Civil Veterinary Department Bengal reports 1923-33 - 1923-1933
Year: 1923
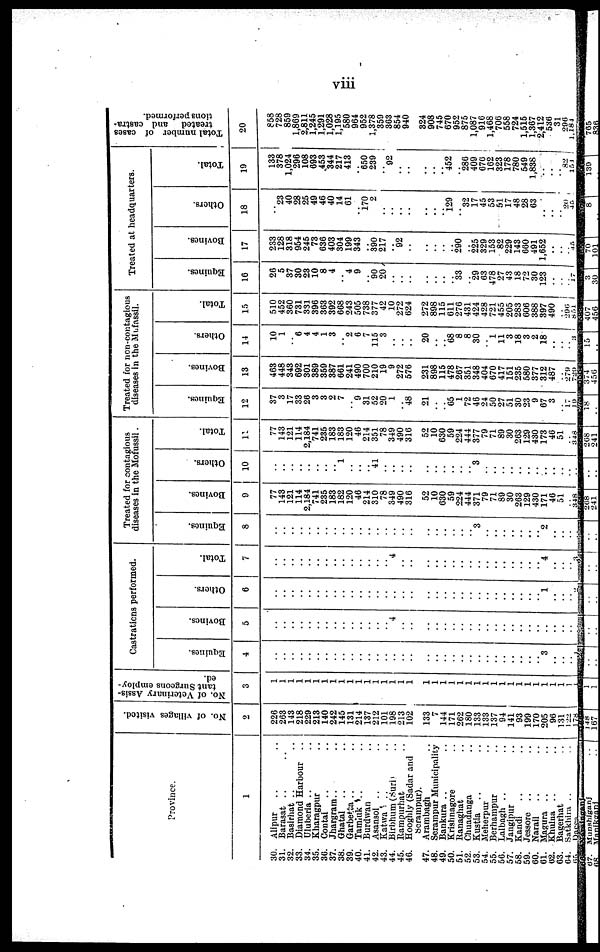
viii
Province.
1
30. Alipur .. ..
31. Barasat .. ..
32. Basirhat .. ..
33. Diamond Harbour
..
34. Uluberia .. ..
35. Kharagpur ..
36. Contai .. ..
37. Jhargram .. ..
38. Ghatal .. ..
39. Garbetta .. ..
40. Tamiuk .. ..
41. Burdwan ..
42. Asansol .. ..
43. Katwa .. ..
44. Birbhum (Suri) ..
45. Rampurhat ..
46. Hooghly (Sadar and
Serampur).
47. Arambagh ..
48. Serampur Municipality
49. Bankura .. ..
50. Krishnagore ..
51. Ranaghat ..
52. Chuadanga ..
53. Kustia .. ..
54. Meherpur ..
55. Berhampur ..
56. Lalbagh .. ..
57. Jangipur ..
58. Kandi .. ..
59. Jessore .. ..
60. Narail .. ..
61. Magura .. ..
62. Khulna .. ..
63. Bagerhat ..
64. Satkhira .. ..
65. Dacca .. ..
No. of villages visited.
2
226
263
143
218
229
213
140
242
145
131
214
137
212
101
198
213
102
133
7
144
171
262
180
133
133
137
94
141
93
199
170
205
96
131
122
178
No. of Veterinary Assis-
tant Surgeons employ-
ed.
3
1
1
1
1
1
1
1
1
1
1
1
1
1
1
1
1
1
1
1
1
1
1
1
1
1
1
1
1
1
1
1
1
1
1
1
1
Castrations performed.
Equines.
4
..
..
..
..
..
..
..
..
..
..
..
..
..
..
..
..
..
..
..
..
..
..
..
..
..
..
..
..
..
..
.. 3
..
..
.. ..
Bovines.
5
..
..
..
..
..
..
..
..
..
..
..
..
..
.. 4
..
..
..
..
..
..
..
..
..
..
..
..
..
..
..
..
..
..
..
.. ..
Others.
6
..
..
..
..
..
..
..
..
..
..
..
..
..
..
..
..
..
..
..
..
..
..
..
..
..
..
..
..
..
.. 1
..
..
.. 2
Total.
7
..
..
..
..
..
..
..
..
..
..
..
..
..
.. 4
..
..
..
..
..
..
..
..
..
..
..
..
..
..
..
.. 4
..
..
.. 3
Treated for contagious
diseases in the Mofussil.
Equines.
8
..
..
..
..
..
..
..
..
..
..
..
..
..
..
..
..
..
..
..
..
..
.. 3
..
..
..
..
..
..
.. 2
..
..
.. ..
Bovines.
9
77
143
121
114
2,184
741
235
183
182
120
46
214
310
78
349
490
316
52
10
630
59
224
444
371
79
71
89
30
263
129
430
171
46
51
.. 348
Others.
10
..
..
..
..
..
..
..
.. 1
..
..
.. 41
..
..
..
..
..
..
..
..
..
.. 3
..
..
..
..
..
..
..
..
..
..
.. ..
Total.
11
77
143
121
114
2,184
741
235
183
183
120
46
214
351
78
349
490
316
52
10
630
59
224
444
377
79
71
89
30
263
129
430
173
46
51
348
Treated for non-contagious
diseases in the Mufassil.
Equines.
12
37
3
17
33
26
3
3
2
7
.. 9
31
52
20
1
.. 48
21
..
.. 65
1
72
46
24
50
27
51
30
23
9
67
3
.. 17
19
Bovines.
13
463
448
343
692
301
389
359
387
661
241
490
700
210
19
9
272
576
231
898
115
478
267
351
348
404
670
417
151
235
580
377
312
487
.. 279
729
Others.
14
10
1
.. 6
4
4
1
3
.. 2
6
7
115
3
..
..
..
20
..
.. 68
8
8
30
.. 1
11
3
18
3
2
18
..
.. ..
3
Total.
15
510
452
360
731
331
396
363
392
668
243
505
738
377
42
10
272
624
272
898
115
611
276
431
424
428
721
455
205
283
606
388
397
490
..
296
851
Treated at headquarters.
Equines.
16
26
5
37
30
23
10
8
4
.. "4
9
.. 90
20
..
..
..
..
..
..
.. 33
.. 29
63
478
27
43
18
72
30
123
..
..
.. 17
Bovines.
17
233
128
318
954
245
73
636
403
304
199
343
.. 390
217
.. 92
..
..
..
..
.. 290
.. 225
329
153
82
229
143
660
491
1,652
..
..
.. 45
Others.
18
..
23
40
28
25
49
46
40
14
61
.. 170
2
..
..
..
..
..
..
129
.. 32
17
45
53
51
17
48
28
63
..
..
.. 20
45
Total.
19
133
378
1,024
296
108
693
453
344
217
413
.. 650
239
.. 92
..
..
..
..
.. 452
.. 286
409
676
162
323
178
780
549
1,838
..
..
.. 82
154
Total number of cases
treated and castra-
tions performed.
20
858
728
859
1,869
2,811
1,245
1,291
1,028
1,195
580
964
952
1,378
359
363
854
940
324
908
745
670
952
875
1,087
916
1,468
706
558
724
1,515
1,367
2,412
536
31
296
1,181